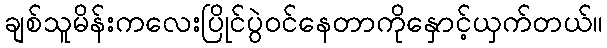
ချစ်သူမိန်းကလေးပြိုင်ပွဲဝင်နေတာကိုနှောင့်ယှက်တယ်။